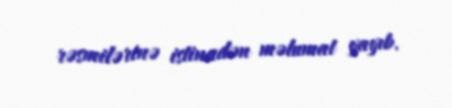
rəsmilərinə istinadən məlumat yayıb.